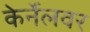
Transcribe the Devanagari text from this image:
केर्नेलवर